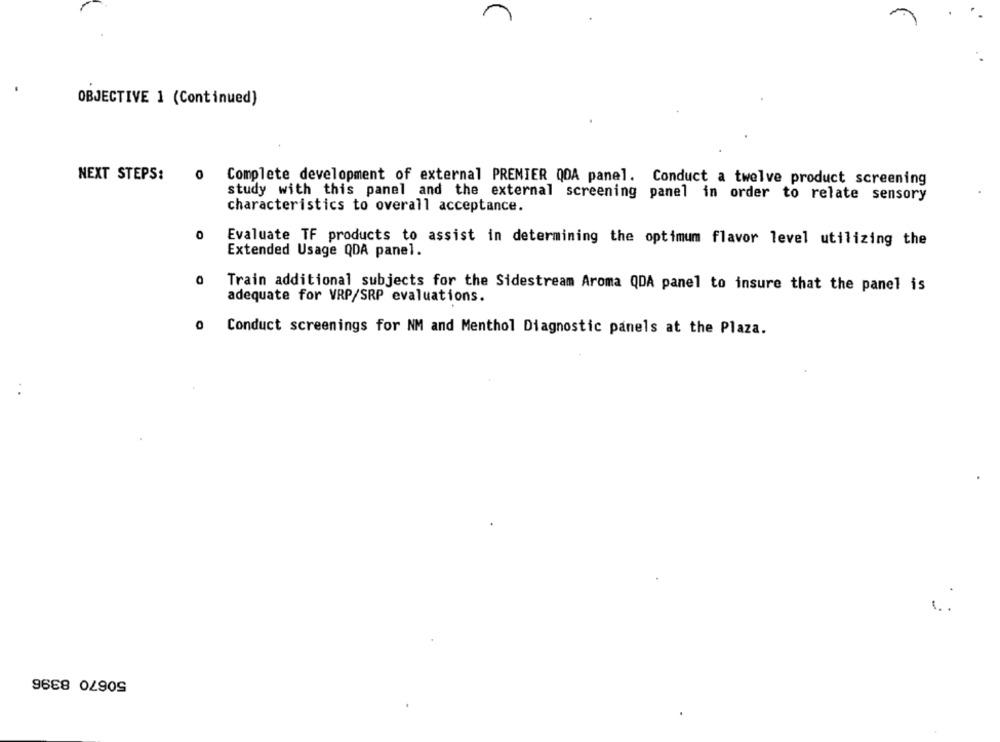
OBJECTIVE 1 (Continued)
NEXT STEPS:
Complete development of external PREMIER QDA panel. Conduct a twelve product screening
study with this panel and the external screening panel in order to relate sensory
characteristics to overall acceptance.
0
Evaluate TF products to assist in determining the optimum flavor level utilizing the
Extended Usage QDA panel.
Train additional subjects for the Sidestream Aroma QDA panel to insure that the panel is
adequate for VRP/SRP evaluations.
0
Conduct screenings for NM and Menthol Diagnostic panels at the Plaza.
50670 8396